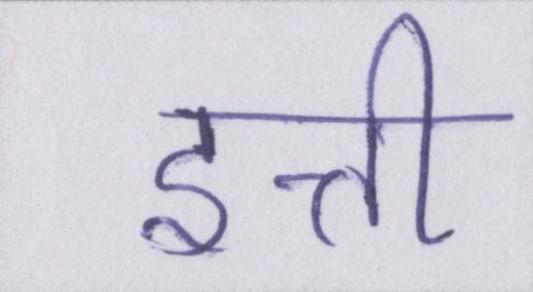
इत्ती